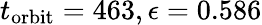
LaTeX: t_{\textrm{orbit}}=463,\epsilon=0.586